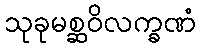
သုခုမစ္ဆဝိလက္ခဏံ